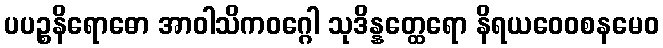
ပပဉ္စနိရောဓော အာဝါသိကဝဂ္ဂေါ သုဒိန္နတ္ထေရော နိရယဝေဝစနမေဝ